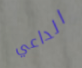
الداعي